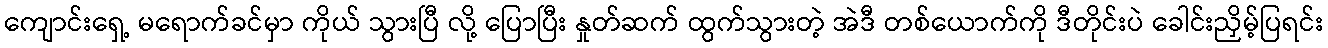
ကျောင်းရှေ့ မရောက်ခင်မှာ ကိုယ် သွားပြီ လို့ ပြောပြီး နှုတ်ဆက် ထွက်သွားတဲ့ အဲဒီ တစ်ယောက်ကို ဒီတိုင်းပဲ ခေါင်းညှိမ့်ပြရင်း